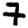
Digit: 7